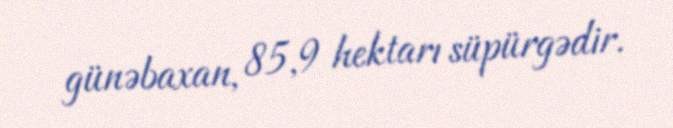
günəbaxan, 85,9 hektarı süpürgədir.